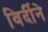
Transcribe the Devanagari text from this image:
विर्दीने